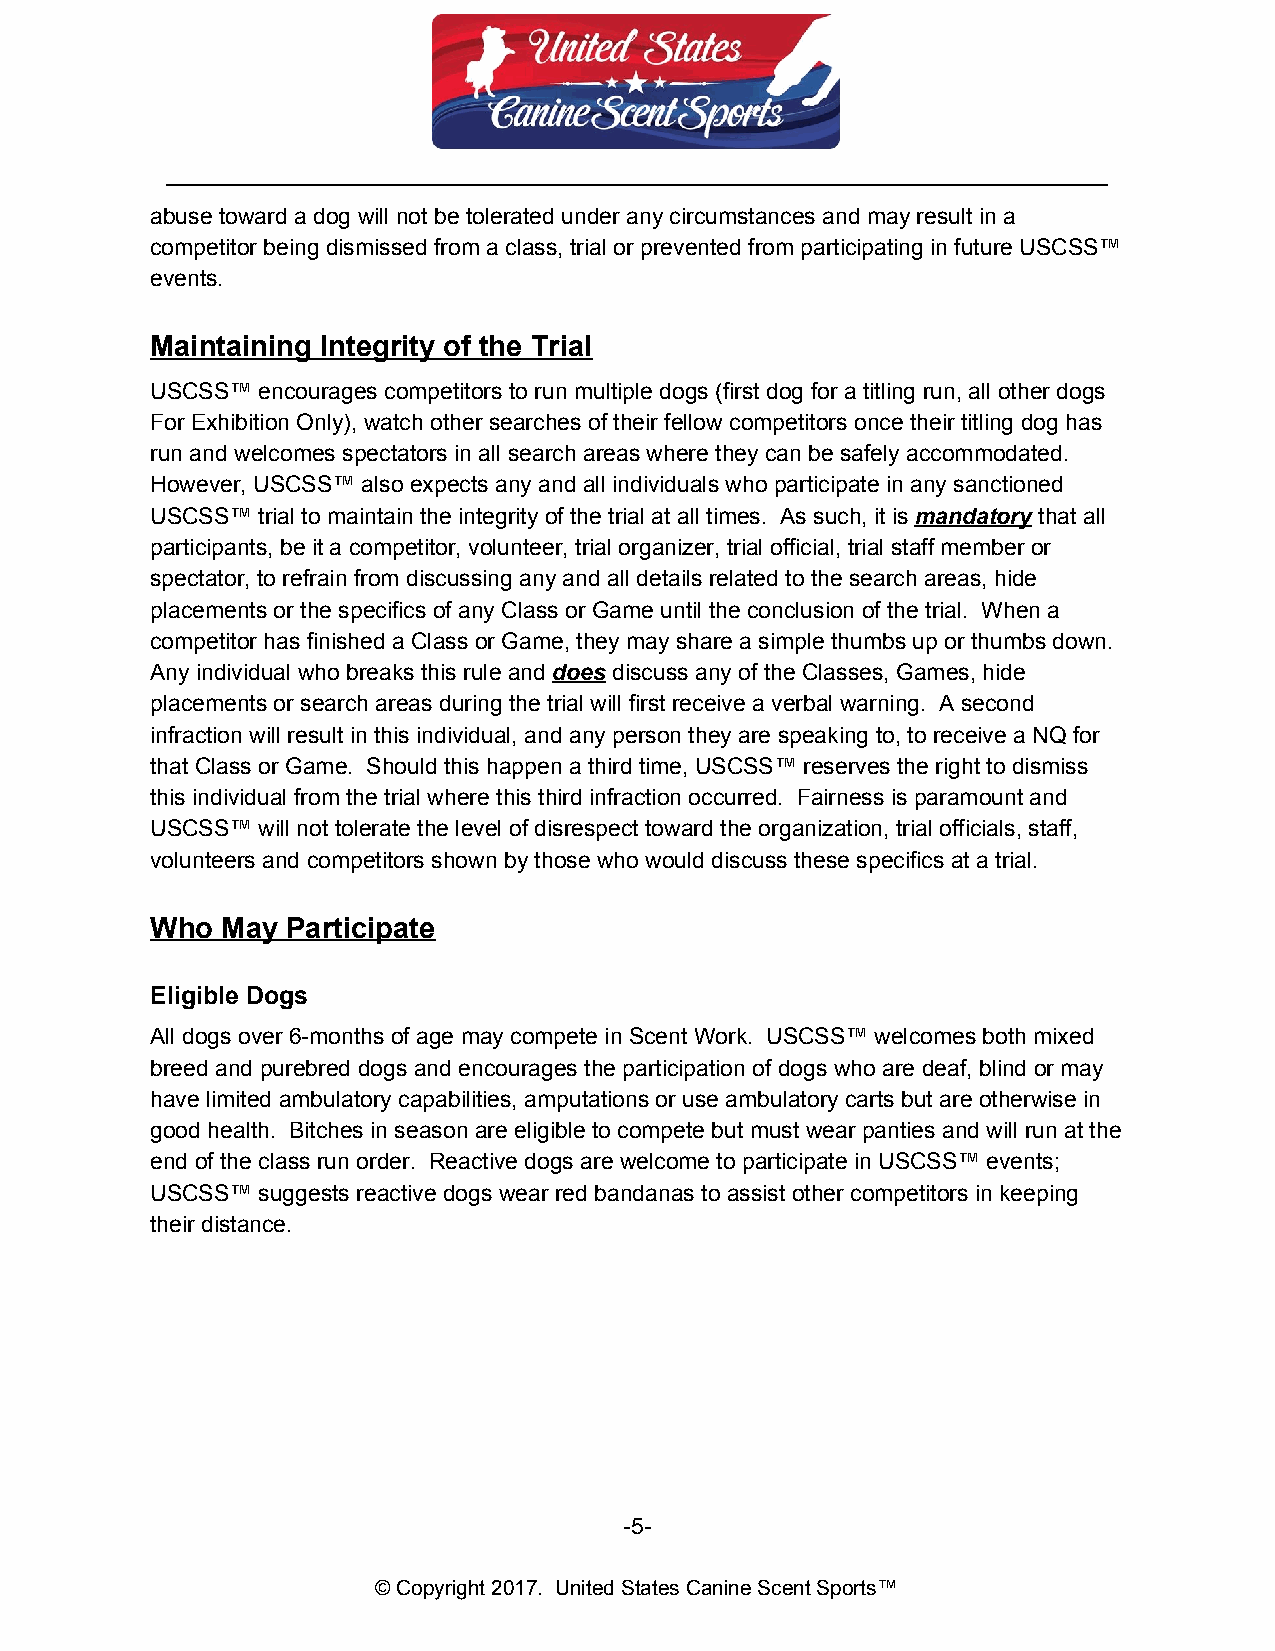
__________________________________________________________________________
 abuse toward a dog will not be tolerated under any circumstances and may result in a
 competitor being dismissed from a class, trial or prevented from participating in future USCSS™
 events.
 Maintaining Integrity of the Trial
 USCSS™ encourages competitors to run multiple dogs (first dog for a titling run, all other dogs
 For Exhibition Only), watch other searches of their fellow competitors once their titling dog has
 run and welcomes spectators in all search areas where they can be safely accommodated.
 However, USCSS™ also expects any and all individuals who participate in any sanctioned
 USCSS™ trial to maintain the integrity of the trial at all times. As such, it is mandatory that all
 ​      ​
 participants, be it a competitor, volunteer, trial organizer, trial official, trial staff member or
 spectator, to refrain from discussing any and all details related to the search areas, hide
 placements or the specifics of any Class or Game until the conclusion of the trial. When a
 competitor has finished a Class or Game, they may share a simple thumbs up or thumbs down.
 Any individual who breaks this rule and does discuss any of the Classes, Games, hide
 ​  ​​
 placements or search areas during the trial will first receive a verbal warning. A second
 infraction will result in this individual, and any person they are speaking to, to receive a NQ for
 that Class or Game. Should this happen a third time, USCSS™ reserves the right to dismiss
 this individual from the trial where this third infraction occurred. Fairness is paramount and
 USCSS™ will not tolerate the level of disrespect toward the organization, trial officials, staff,
 volunteers and competitors shown by those who would discuss these specifics at a trial.
 Who  May Participate
 Eligible Dogs
 All dogs over 6-months of age may compete in Scent Work. USCSS™ welcomes both mixed
 breed and purebred dogs and encourages the participation of dogs who are deaf, blind or may
 have limited ambulatory capabilities, amputations or use ambulatory carts but are otherwise in
 good health. Bitches in season are eligible to compete but must wear panties and will run at the
 end of the class run order. Reactive dogs are welcome to participate in USCSS™ events;
 USCSS™ suggests reactive dogs wear red bandanas to assist other competitors in keeping
 their distance.
 -5-
 © Copyright 2017. United States Canine Scent Sports™